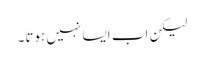
لیکن اب ایسا نہیں ہوتا۔